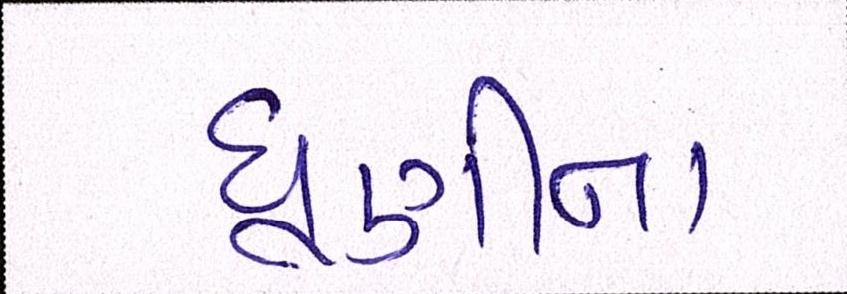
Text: ધૂણીના